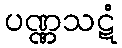
ပဏ္ဏသဋံ